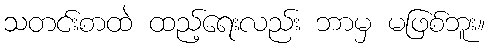
သတင်းစာထဲ ထည့်ရေးလည်း ဘာမှ မဖြစ်ဘူး။